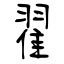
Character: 翟